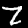
Digit: 7